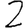
Digit: 2